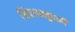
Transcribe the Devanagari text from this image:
शिवरामबुवाही